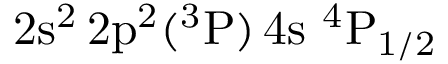
\mathrm { 2 s ^ { 2 } \, 2 p ^ { 2 } ( ^ { 3 } P ) \, 4 s ~ ^ { 4 } P _ { 1 / 2 } }